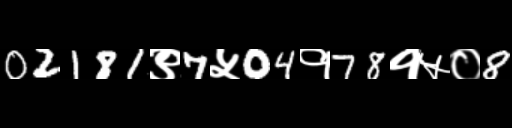
Text: 02181९7५04१78१५०8